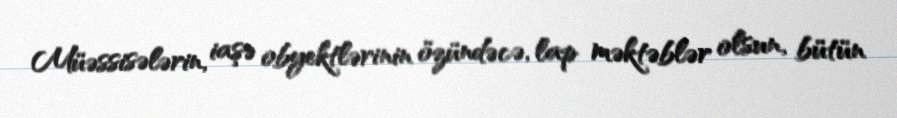
Müəssisələrin, iaşə obyektlərinin özündəcə, lap məktəblər olsun, bütün